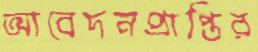
আবেদনপ্রাপ্তির